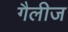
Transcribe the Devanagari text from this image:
गैलीज